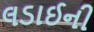
લડાઈની